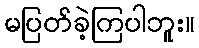
မပြတ်ခဲ့ကြပါဘူး။